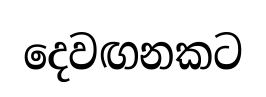
දෙවඟනකට